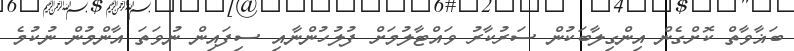
ބަޣާވާތް ކޮށްގެން އިންގިލާބަކުން ސަރުކާރު ވައްޓާލުމަށް ފުލުހުންނާއި ސިފައިން ނުވަތަ އާންމުން ނުކުމެ